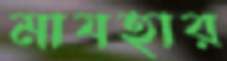
মাযহার